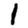
Digit: 1